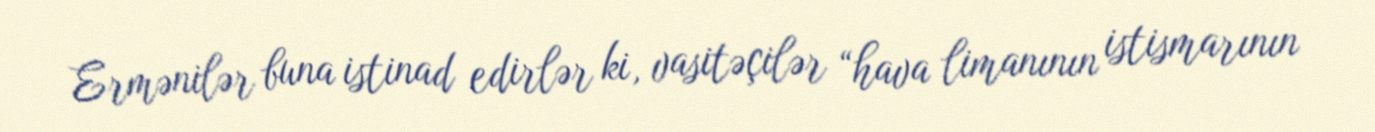
Ermənilər buna istinad edirlər ki, vasitəçilər “hava limanının istismarının